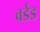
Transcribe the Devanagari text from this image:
वर्डेड